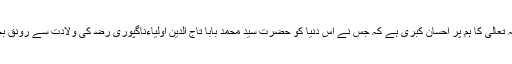
یہ اللہ تعالیٰ کا ہم پر احسان کبریٰ ہے کہ جس نے اس دنیا کو حضرت سید محمد بابا تاج الدین اولیاءناگپوری ﺭﺿ کی ولادت سے رونق بخشی۔